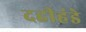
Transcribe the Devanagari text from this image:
दहीहंडे